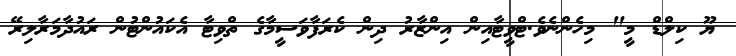
ޔޫ ކިލްޑް މީ" މިހެންނެވެ.ޓްވީޓާއިން އިންޒާރު ދިން ކެރަފާވަސީމާގެ ތްވިޓާ އެކައުންޓުން ރައުދާމަރާލިރޭ